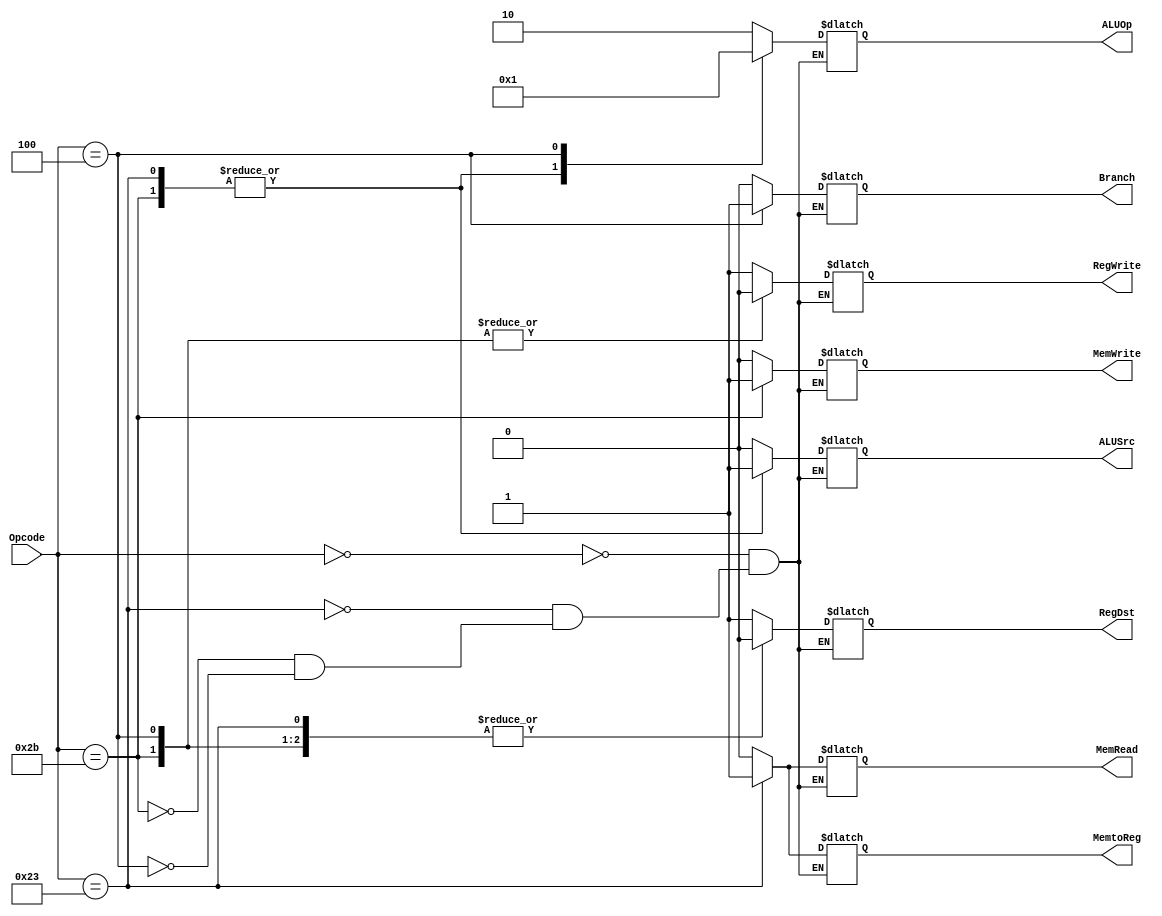
module MainControl(
	input [5:0] Opcode,
	
	output reg RegDst, RegWrite, ALUSrc,
	output reg MemtoReg, MemRead, MemWrite,
	output reg Branch,
	output reg [1:0] ALUOp);
	
	always @(*) begin
		case(Opcode)
			0: begin
				RegDst 		<= 1;
				ALUSrc 		<= 0;
				MemtoReg		<= 0;
				RegWrite		<= 1;
				MemRead		<= 0;
				MemWrite		<= 0;
				Branch		<= 0;
				ALUOp			<= 2'b10;
			end
			35: begin
				RegDst 		<= 0;
				ALUSrc 		<= 1;
				MemtoReg		<= 1;
				RegWrite		<= 1;
				MemRead		<= 1;
				MemWrite		<= 0;
				Branch		<= 0;
				ALUOp			<= 2'b00;
			end
			43: begin
				RegDst 		<= 0;
				ALUSrc 		<= 1;
				MemtoReg		<= 0;
				RegWrite		<= 0;
				MemRead		<= 0;
				MemWrite		<= 1;
				Branch		<= 0;
				ALUOp			<= 2'b00;
			end
			4: begin
				RegDst 		<= 0;
				ALUSrc 		<= 0;
				MemtoReg		<= 0;
				RegWrite		<= 0;
				MemRead		<= 0;
				MemWrite		<= 0;
				Branch		<= 1;
				ALUOp			<= 2'b01;
			end
		endcase
	end
endmodule